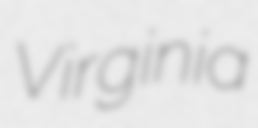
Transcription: Virginia